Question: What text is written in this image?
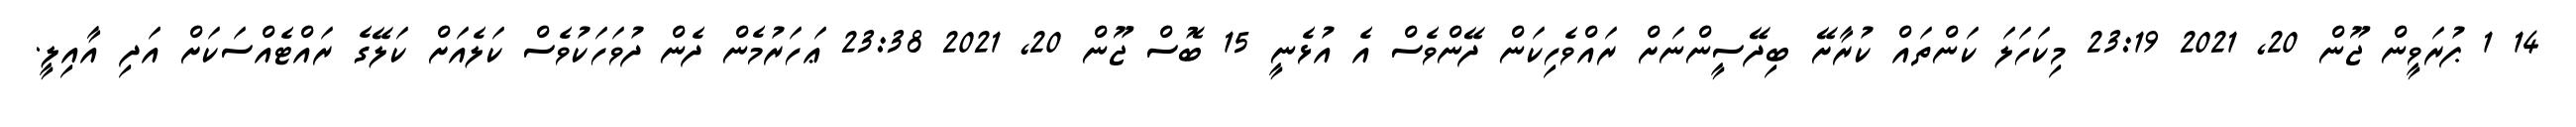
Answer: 14 1 ޕުރަވީން ޖޫން 20, 2021 23:19 މިކަހަލަ ކަންތައް ކުރާށޭ ބިދޭސީންނަށް ރައްވެހިކަން ދޭންވެސް އެ އުޅެނީ 15 ބޮސް ޖޫން 20, 2021 23:38 ޢަހަރުމެން ދެން ދުވަހަކުވެސް ކަލެއަށް ކަލޭގެ ރައްޓެއްސަކަށް އަދި އާއިލީ.